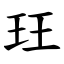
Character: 玨